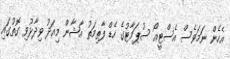
އެހެން ނަމަވެސް އެސްޓީއޯ ސުޕަމާޓުގެ ހެޑް ފާތިމަތު އާޝާން މިއަދު ވިދާޅުވި ގޮތުގައި